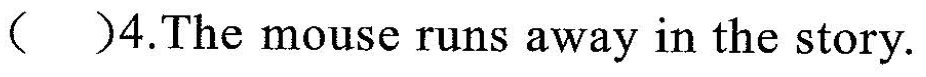
( )4.The mouse runs away in the story.